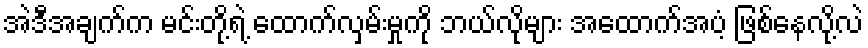
အဲဒီအချက်က မင်းတို့ရဲ့ ထောက်လှမ်းမှုကို ဘယ်လိုများ အထောက်အပံ့ ဖြစ်နေလို့လဲ